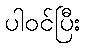
ပါဝင်ပြီး